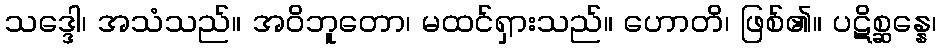
သဒ္ဒေါ၊ အသံသည်။ အဝိဘူတော၊ မထင်ရှားသည်။ ဟောတိ၊ ဖြစ်၏။ ပဋိစ္ဆန္နေ၊